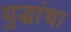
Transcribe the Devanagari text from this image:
युद्धांचा